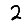
Digit: 2